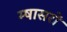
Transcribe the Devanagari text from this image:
म्षासरों